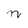
Character: n